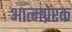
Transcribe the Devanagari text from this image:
आत्मप्रेरक